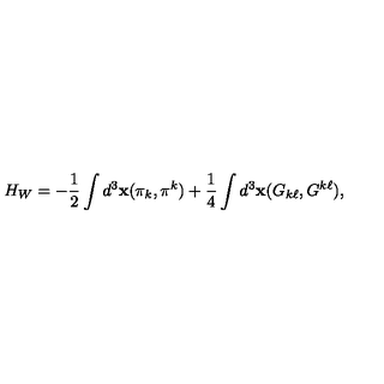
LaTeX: H _ { W } = - \frac { 1 } { 2 } \int d ^ { 3 } { \bf x } ( \pi _ { k } , \pi ^ { k } ) + \frac { 1 } { 4 } \int d ^ { 3 } { \bf x } ( G _ { k \ell } , G ^ { k \ell } ) ,